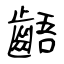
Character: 齬